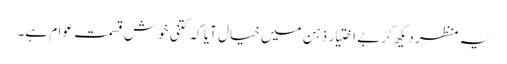
یہ منظر دیکھ کر بے اختیار ذہن میں خیال آیا کہ کتنی خوش قسمت عوام ہے۔